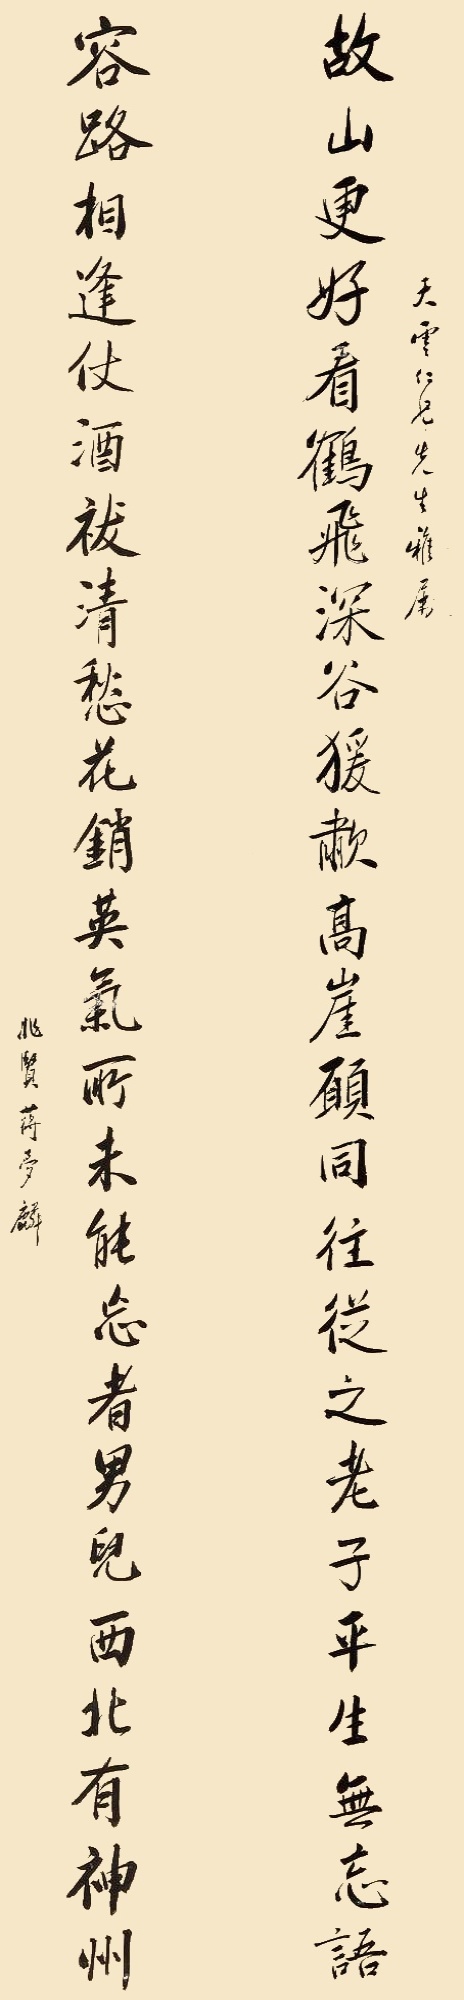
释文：故山更好,看鹤飞深谷,猿啸高崖,愿同往从之,老子平生无妄语;客路相逢,仗酒祓清愁,花销英气,所未能忘者,男儿西北有神州。天雪仁兄先生雅属。兆贤蒋梦麟。